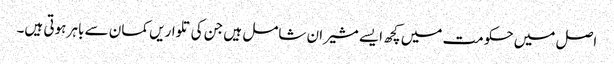
اصل میں حکومت میں کچھ ایسے مشیران شامل ہیں جن کی تلواریں کمان سے باہر ہوتی ہیں۔